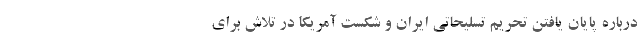
درباره پایان یافتن تحریم تسلیحاتی ایران و شکست آمریکا در تلاش برای